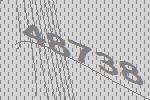
48738